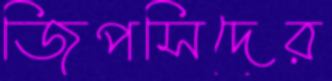
জিপসিদের